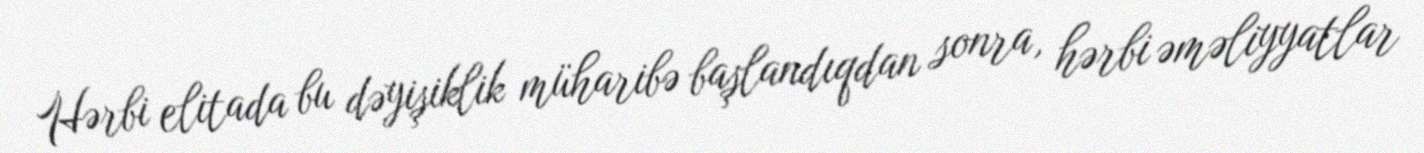
Hərbi elitada bu dəyişiklik müharibə başlandıqdan sonra, hərbi əməliyyatlar